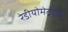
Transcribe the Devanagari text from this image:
रेडीयोमेट्रीक